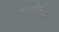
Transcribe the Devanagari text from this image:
वास्तविकताएं